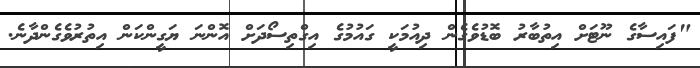
"ފައިސާގެ ނޫޓަށް އިތުބާރު ބޮޑުވެގެން ދިއުމަކީ ގައުމުގެ އިގްތިސޯދަށް އޮންނަ ޔަގީންކަން އިތުރުވެެގެންދާނެ.